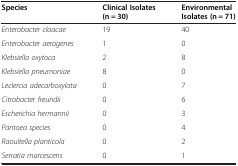
<table><thead><tr><td><b>Species</b></td><td><b>Clinical Isolates (n = 30)</b></td><td><b>Environmental Isolates (n = 71)</b></td></tr></thead><tbody><tr><td><i>Enterobacter cloacae</i></td><td>19</td><td>40</td></tr><tr><td><i>Enterobacter aerogenes</i></td><td>1</td><td>0</td></tr><tr><td><i>Klebsiella oxytoca</i></td><td>2</td><td>8</td></tr><tr><td><i>Klebsiella pneumoniae</i></td><td>8</td><td>0</td></tr><tr><td><i>Leclercia adecarboxylata</i></td><td>0</td><td>7</td></tr><tr><td><i>Citrobacter freundii</i></td><td>0</td><td>6</td></tr><tr><td><i>Escherichia hermannii</i></td><td>0</td><td>3</td></tr><tr><td><i>Pantoea species</i></td><td>0</td><td>4</td></tr><tr><td><i>Raoultella planticola</i></td><td>0</td><td>2</td></tr><tr><td><i>Serratia marcescens</i></td><td>0</td><td>1</td></tr></tbody></table>